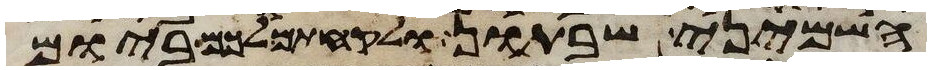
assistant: השמיני שבתון ולקחתם לכם ביום